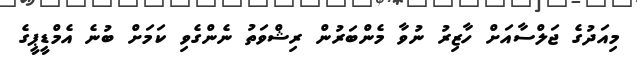
މިއަދުގެ ޖަލްސާއަށް ހާޒިރު ނުވާ މެންބަރުން ރިޝްވަތު ނެންގެވި ކަމަށް ބުނެ އެމްޑީޕީގެ